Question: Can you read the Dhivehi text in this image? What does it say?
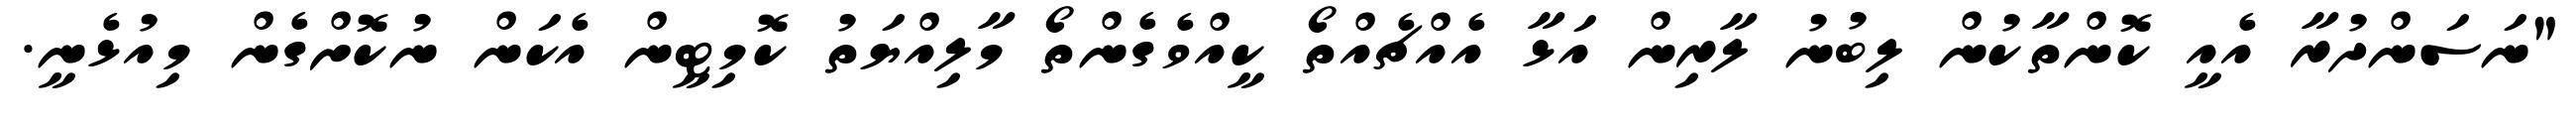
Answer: "ނަސަންދުރާ އެއީ ކޮންތާކުން ލިބުނު ލާރިން އަޅާ އެއްޗެއްތޯ ކީއްވެގެންތޯ މާލިއްޔަތު ކޮމިޓީން އެކަން ނުކޮށްގެން މިއުޅެނީ.